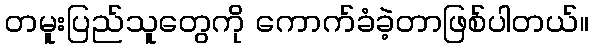
တမူးပြည်သူတွေကို ကောက်ခံခဲ့တာဖြစ်ပါတယ်။